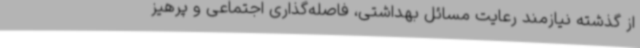
از گذشته نیازمند رعایت مسائل بهداشتی، فاصله‌گذاری اجتماعی و پرهیز